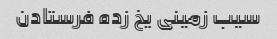
سیب زمینی یخ زده فرستادن